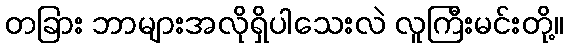
တခြား ဘာများအလိုရှိပါသေးလဲ လူကြီးမင်းတို့။